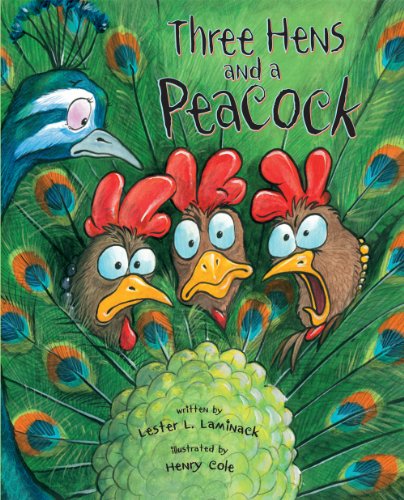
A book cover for Three Hens and a Peacock; Lester Laminack; Children's Books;